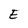
Character: E